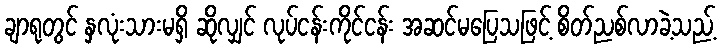
ချာရုတွင် နှလုံးသားမရှိ ဆိုလျှင် လုပ်ငန်းကိုင်ငန်း အဆင်မပြေသဖြင့် စိတ်ညစ်လာခဲ့သည့်